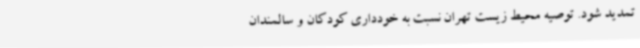
تمدید شود. توصیه محیط زیست تهران نسبت به خودداری کودکان و سالمندان